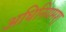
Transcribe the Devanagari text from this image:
अधिनियमश्